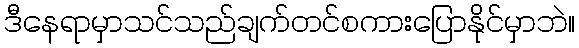
ဒီနေရာမှာသင်သည်ချက်တင်စကားပြောနိုင်မှာဘဲ။